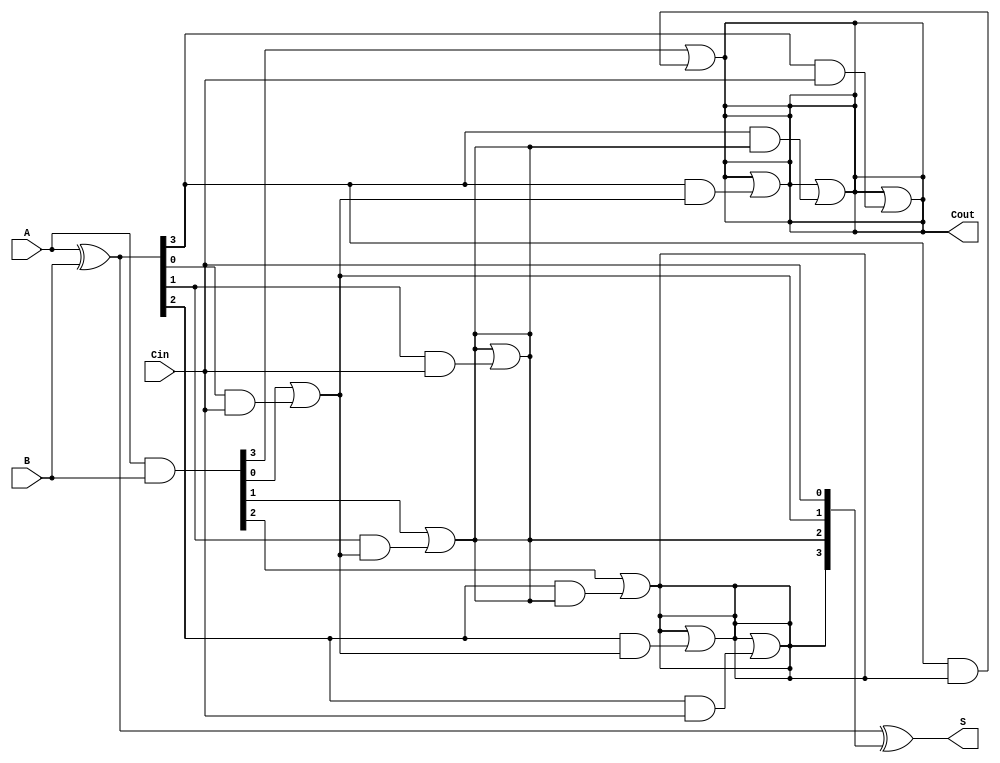
module ParallelPrefixAdder #(parameter N = 4) (
    input  wire [N-1:0] A,       // First operand
    input  wire [N-1:0] B,       // Second operand
    input  wire        Cin,       // Carry-in
    output wire [N-1:0] S,        // Sum output
    output wire        Cout        // Carry-out
);

    // Generate and Propagate signals
    wire [N-1:0] G; // Generate signals
    wire [N-1:0] P; // Propagate signals

    assign G = A & B;    // Generate
    assign P = A ^ B;    // Propagate

    // Intermediate carry signals
    wire [N:0] C; // Carry outputs

    // Carry computation using Kogge-Stone network
    assign C[0] = Cin; // Initial carry-in

    genvar i, j;
    generate
        // First stage
        for (i = 0; i < N; i = i + 1) begin
            assign C[i + 1] = G[i] | (P[i] & C[i]);
        end

        // Additional stages for Kogge-Stone
        for (i = 1; i < N; i = i + 1) begin
            for (j = 0; j < N - i; j = j + 1) begin
                assign C[j + i + 1] = C[j + i + 1] | (P[j + i] & C[j]);
            end
        end
    endgenerate

    // Sum calculation
    assign S = P ^ {C[N-1:0]}; // Sum bits
    assign Cout = C[N];        // Carry-out

endmodule